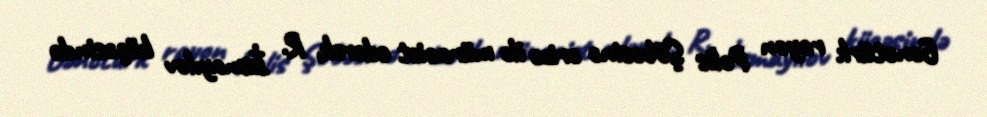
Gənctürk rayon Polis Şöbəsinə ərizə ilə müraciət edərək, R. İsmayılov küçəsində